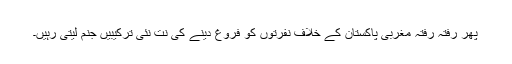
پھر رفتہ رفتہ مغربی پاکستان کے خلاف نفرتوں کو فروغ دینے کی نت نئی ترکیبیں جنم لیتی رہیں۔